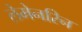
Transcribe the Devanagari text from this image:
लेमेनरिन